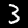
Digit: 3